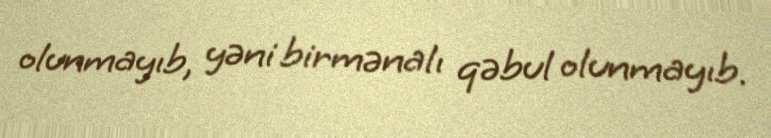
olunmayıb, yəni birmənalı qəbul olunmayıb.